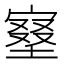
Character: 𡩿